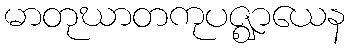
မာတုဃာတကုပဇ္ဈာယေန